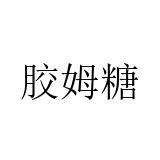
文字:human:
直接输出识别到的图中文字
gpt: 胶姆糖